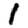
Digit: 1